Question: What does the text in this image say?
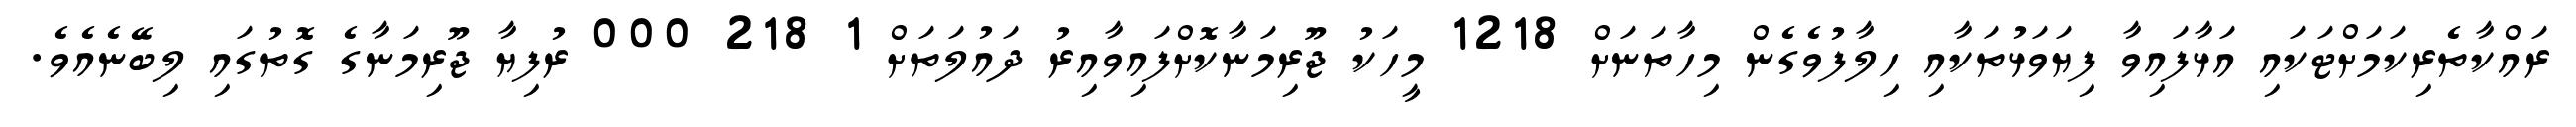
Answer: ރައްކާތެރިކަމަށްޓަކައި އަޅާފައިވާ ފިޔަވަޅުތަކާއި ހިލާފުވެގެން މިހާތަނަށް 1218 މީހަކު ޖޫރިމަނާކޮށްފައިވާއިރު ދައުލަތަށް 1 218 000 ރުފިޔާ ޖޫރިމަނާގެ ގޮތުގައި ލިބޭނެއެވެ.